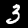
Digit: 3